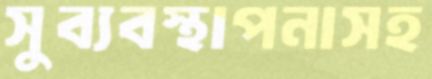
সুব্যবস্থাপনাসহ